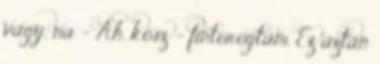
vagy, na - Áh, kösz - fintorogtam. Ez aztán